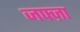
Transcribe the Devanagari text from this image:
जफ्ज़ा